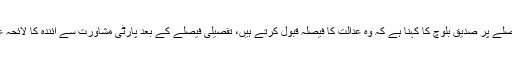
الیکشن ٹریبونل کے فیصلے پر صدیق بلوچ کا کہنا ہے کہ وہ عدالت کا فیصلہ قبول کرتے ہیں، تفصیلی فیصلے کے بعد پارٹی مشاورت سے آئندہ کا لائحہ عمل طے کیا جائے گا۔